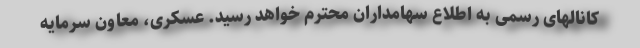
کانالهای رسمی به اطلاع سهامداران محترم خواهد رسید. عسکری، معاون سرمایه